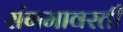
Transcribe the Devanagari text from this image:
संगमावरती